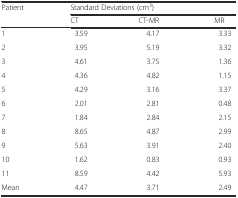
<table><thead><tr><td rowspan="2"><b>Patient</b></td><td colspan="3"><b>Standard Deviations (cm<sup>3</sup>)</b></td></tr><tr><td><b>CT</b></td><td><b>CT-MR</b></td><td><b>MR</b></td></tr></thead><tbody><tr><td>1</td><td>3.59</td><td>4.17</td><td>3.33</td></tr><tr><td>2</td><td>3.95</td><td>5.19</td><td>3.32</td></tr><tr><td>3</td><td>4.61</td><td>3.75</td><td>1.36</td></tr><tr><td>4</td><td>4.36</td><td>4.82</td><td>1.15</td></tr><tr><td>5</td><td>4.29</td><td>3.16</td><td>3.37</td></tr><tr><td>6</td><td>2.01</td><td>2.81</td><td>0.48</td></tr><tr><td>7</td><td>1.84</td><td>2.84</td><td>2.15</td></tr><tr><td>8</td><td>8.65</td><td>4.87</td><td>2.99</td></tr><tr><td>9</td><td>5.63</td><td>3.91</td><td>2.40</td></tr><tr><td>10</td><td>1.62</td><td>0.83</td><td>0.93</td></tr><tr><td>11</td><td>8.59</td><td>4.42</td><td>5.93</td></tr><tr><td>Mean</td><td>4.47</td><td>3.71</td><td>2.49</td></tr></tbody></table>